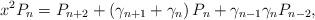
LaTeX: \begin{align*}x^{2}P_{n}=P_{n+2}+\left( \gamma_{n+1}+\gamma_{n}\right) P_{n}+\gamma_{n-1}\gamma_{n}P_{n-2}, \end{align*}